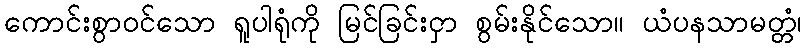
ကောင်းစွာဝင်သော ရူပါရုံကို မြင်ခြင်းငှာ စွမ်းနိုင်သော။ ယံပနသာမတ္တံ၊